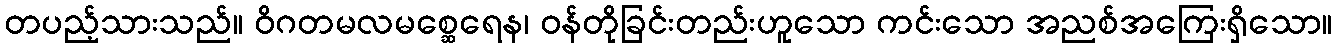
တပည့်သားသည်။ ဝိဂတမလမစ္ဆေရေန၊ ဝန်တိုခြင်းတည်းဟူသော ကင်းသော အညစ်အကြေးရှိသော။